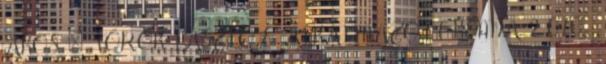
ÁKOS – TÖRÖK LÁSZLÓ E. ALKALMAZOTT KÉMIA 2 070,-